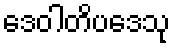
ဒေဝါတိပဒေသု